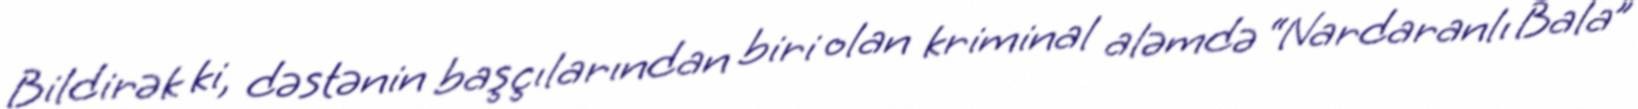
Bildirək ki, dəstənin başçılarından biri olan kriminal aləmdə “Nardaranlı Bala”